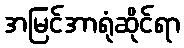
အမြင်အာရုံဆိုင်ရာ